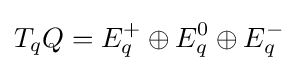
T_{q}Q=E_{q}^{+}\oplus E_{q}^{0}\oplus E_{q}^{-}